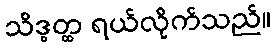
သိဒ္ဓတ္ထ ရယ်လိုက်သည်။